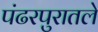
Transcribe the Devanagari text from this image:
पंढरपुरातले